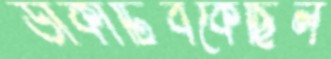
ডাকাটিবকেছিল